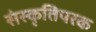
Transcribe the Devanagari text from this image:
संस्कृतिपरक